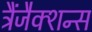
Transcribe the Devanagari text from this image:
ट्रैंजैक्शन्स